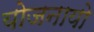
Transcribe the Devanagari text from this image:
योजनायो